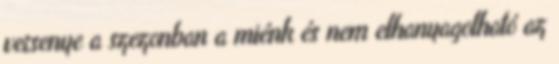
versenye a szezonban a miénk és nem elhanyagolható az